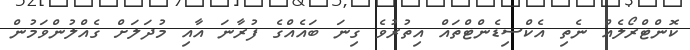
ކޮންޓްރޯލެއް ނެތި އެކްސިޑެންޓްތައް އިތުރުވެ ގިނަ ބައެއްގެ ފުރާނަ އާއި މުދަލަށް ގެއްލުންވަމުން